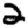
Digit: 2